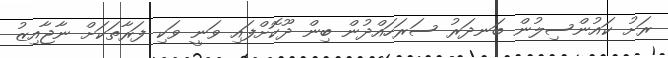
ރަށު ކައުންސިލުން ބަނދަރު ސަރަހައްދުން ބިން ދޫކޮށްފައި ވަނީ ވަކި ފަރާތަކަށް ނާޖާއިޒު